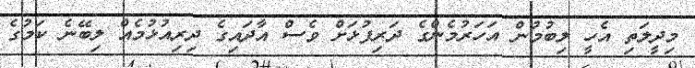
މިދީލަތި އެހީ ލިބުމުން އަހަރުމެންގެ ދަރިފުޅަށް ވެސް އާދައިގެ ދިރިއުޅުމެއް ލިބޭނެ ކަމުގެ